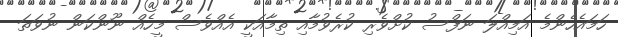
ހަމައެހެންމެ އަމިއްލަ ނަފްސު ކުށްވެރި ކުރެވުމާއި ތިމާއަކީ އެއްވެސް މީހެއް ނޫންކަން ނުވަތަ